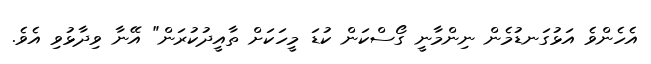
އެހެންވެ އަޅުގަނޑުމެން ނިންމާނީ ގޯސްކަން ކުޑަ މީހަކަށް ތާއީދުކުރަން" އޭނާ ވިދާޅުވި އެވެ.